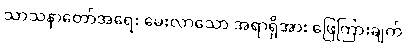
သာသနာတော်အရေး မေးလာသော အရာရှိအား ဖြေကြားချက်